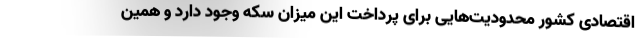
اقتصادی کشور محدودیت‌هایی برای پرداخت این میزان سکه وجود دارد و همین